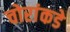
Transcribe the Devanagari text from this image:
चोरांकडे